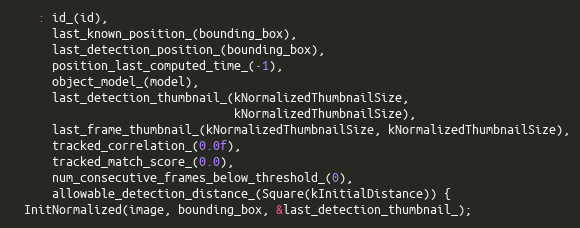
Language: C++
    : id_(id),
      last_known_position_(bounding_box),
      last_detection_position_(bounding_box),
      position_last_computed_time_(-1),
      object_model_(model),
      last_detection_thumbnail_(kNormalizedThumbnailSize,
                                kNormalizedThumbnailSize),
      last_frame_thumbnail_(kNormalizedThumbnailSize, kNormalizedThumbnailSize),
      tracked_correlation_(0.0f),
      tracked_match_score_(0.0),
      num_consecutive_frames_below_threshold_(0),
      allowable_detection_distance_(Square(kInitialDistance)) {
  InitNormalized(image, bounding_box, &last_detection_thumbnail_);